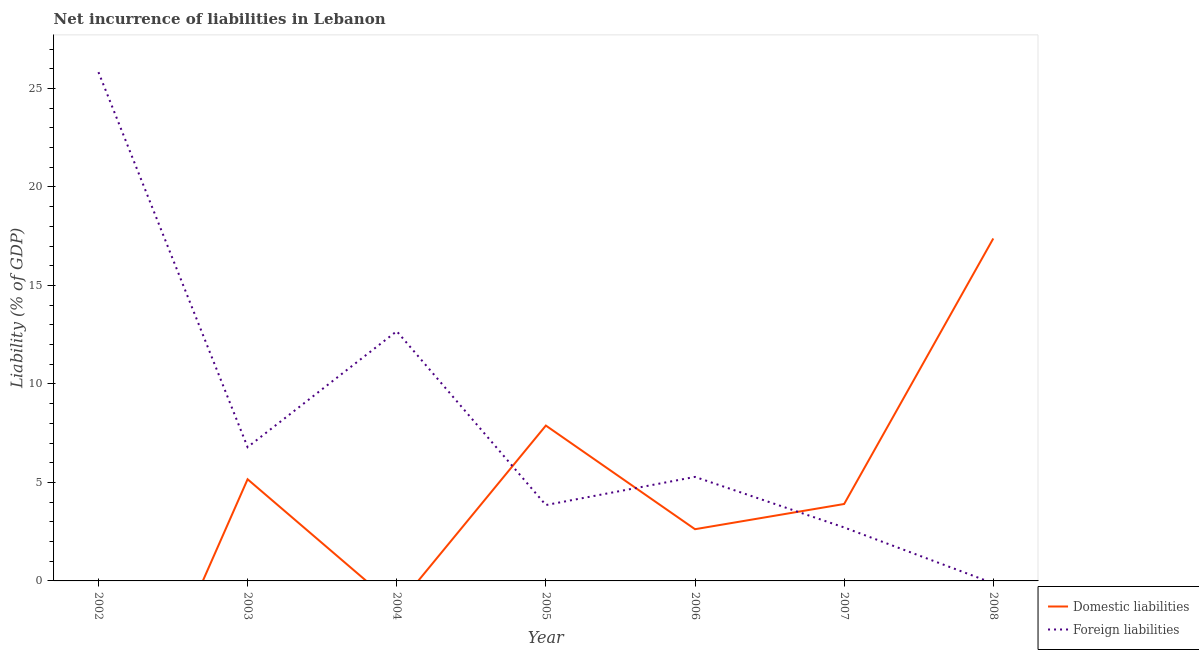
| Year | Domestic liabilities | Foreign liabilities |
 | --- | --- | --- |
 | 2002 | -12 | 25.8 |
 | 2003 | 5.16 | 6.79 |
 | 2004 | -1.32 | 12.7 |
 | 2005 | 7.89 | 3.85 |
 | 2006 | 2.63 | 5.28 |
 | 2007 | 3.9 | 2.71 |
 | 2008 | 17.4 | -0.121 |